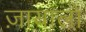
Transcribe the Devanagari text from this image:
ज़ायालो